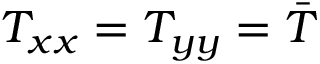
T _ { x x } = T _ { y y } = \bar { T }